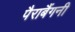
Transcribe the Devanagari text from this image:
पैराबैंगनी